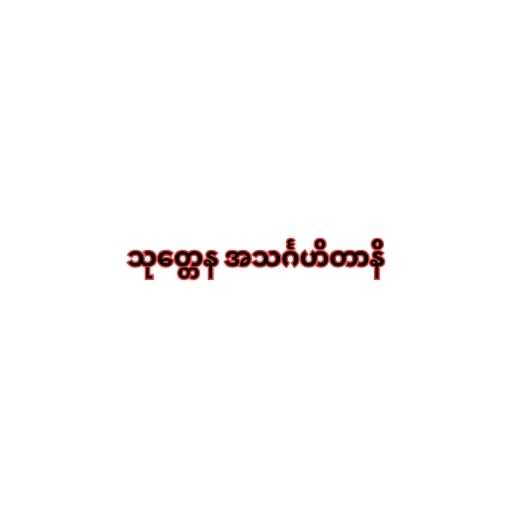
သုတ္တေန အသင်္ဂဟိတာနိ